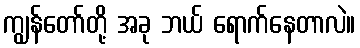
ကျွန်တော်တို့ အခု ဘယ် ရောက်နေတာလဲ။